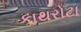
કાથરોટા